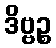
ဒိဗ္ဗဉ္စ